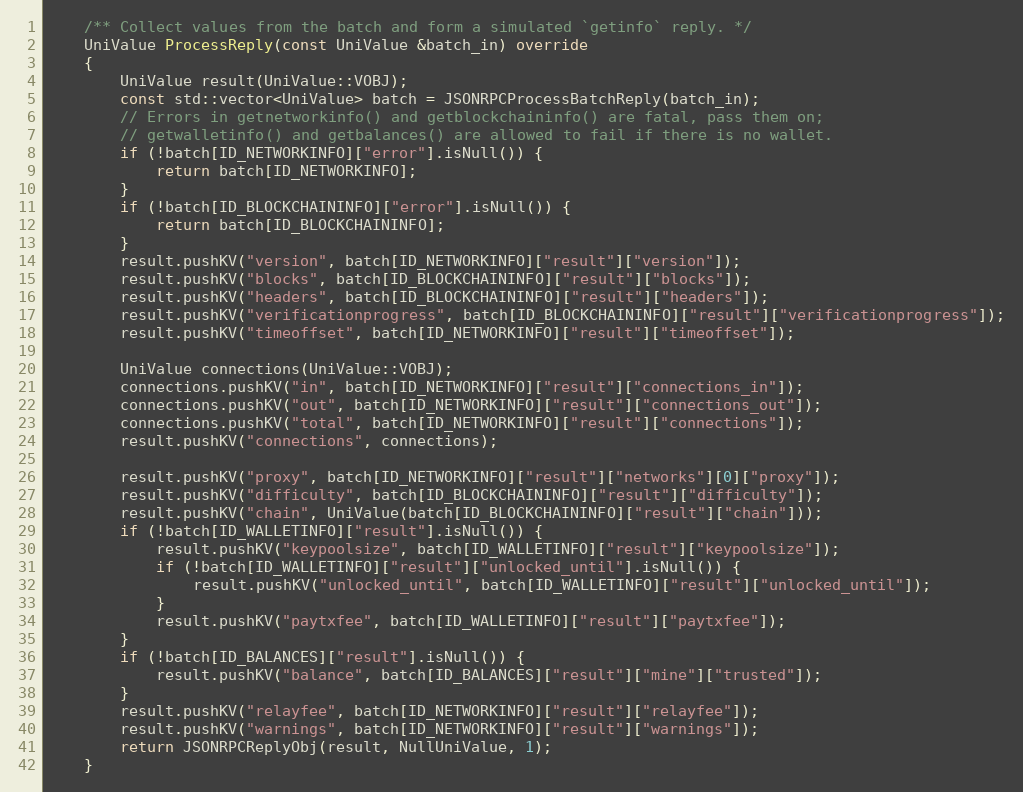
Language: C++
    /** Collect values from the batch and form a simulated `getinfo` reply. */
    UniValue ProcessReply(const UniValue &batch_in) override
    {
        UniValue result(UniValue::VOBJ);
        const std::vector<UniValue> batch = JSONRPCProcessBatchReply(batch_in);
        // Errors in getnetworkinfo() and getblockchaininfo() are fatal, pass them on;
        // getwalletinfo() and getbalances() are allowed to fail if there is no wallet.
        if (!batch[ID_NETWORKINFO]["error"].isNull()) {
            return batch[ID_NETWORKINFO];
        }
        if (!batch[ID_BLOCKCHAININFO]["error"].isNull()) {
            return batch[ID_BLOCKCHAININFO];
        }
        result.pushKV("version", batch[ID_NETWORKINFO]["result"]["version"]);
        result.pushKV("blocks", batch[ID_BLOCKCHAININFO]["result"]["blocks"]);
        result.pushKV("headers", batch[ID_BLOCKCHAININFO]["result"]["headers"]);
        result.pushKV("verificationprogress", batch[ID_BLOCKCHAININFO]["result"]["verificationprogress"]);
        result.pushKV("timeoffset", batch[ID_NETWORKINFO]["result"]["timeoffset"]);

        UniValue connections(UniValue::VOBJ);
        connections.pushKV("in", batch[ID_NETWORKINFO]["result"]["connections_in"]);
        connections.pushKV("out", batch[ID_NETWORKINFO]["result"]["connections_out"]);
        connections.pushKV("total", batch[ID_NETWORKINFO]["result"]["connections"]);
        result.pushKV("connections", connections);

        result.pushKV("proxy", batch[ID_NETWORKINFO]["result"]["networks"][0]["proxy"]);
        result.pushKV("difficulty", batch[ID_BLOCKCHAININFO]["result"]["difficulty"]);
        result.pushKV("chain", UniValue(batch[ID_BLOCKCHAININFO]["result"]["chain"]));
        if (!batch[ID_WALLETINFO]["result"].isNull()) {
            result.pushKV("keypoolsize", batch[ID_WALLETINFO]["result"]["keypoolsize"]);
            if (!batch[ID_WALLETINFO]["result"]["unlocked_until"].isNull()) {
                result.pushKV("unlocked_until", batch[ID_WALLETINFO]["result"]["unlocked_until"]);
            }
            result.pushKV("paytxfee", batch[ID_WALLETINFO]["result"]["paytxfee"]);
        }
        if (!batch[ID_BALANCES]["result"].isNull()) {
            result.pushKV("balance", batch[ID_BALANCES]["result"]["mine"]["trusted"]);
        }
        result.pushKV("relayfee", batch[ID_NETWORKINFO]["result"]["relayfee"]);
        result.pushKV("warnings", batch[ID_NETWORKINFO]["result"]["warnings"]);
        return JSONRPCReplyObj(result, NullUniValue, 1);
    }